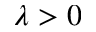
\lambda > 0